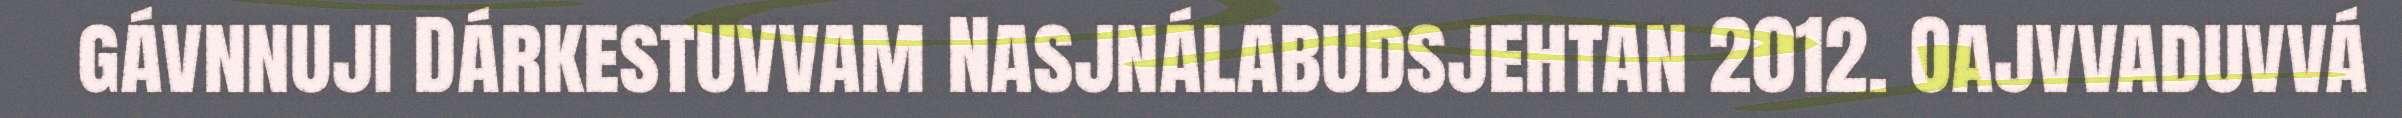
gávnnuji Dárkestuvvam Nasjnálabudsjehtan 2012. Oajvvaduvvá